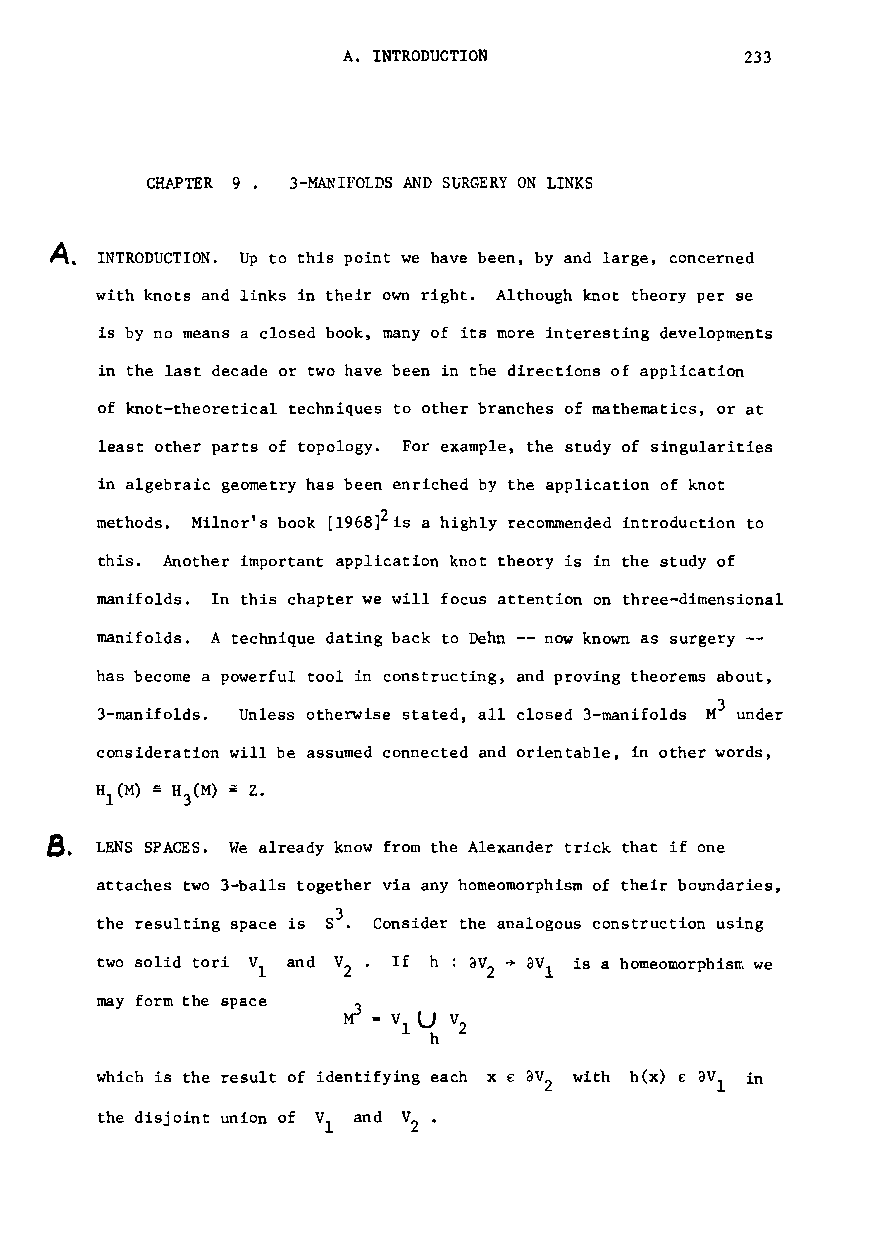
A. INTRODUCTION           233
 CHAPTER 9 • 3-YJANIFOLDS AND Su~GERY ON LINKS
 ~.
 INTRODUCTION. Up to this point we have been, by and large, concerned
 with knots and links in their own right. Although knot theory per se
 is by no means a closed book, many of its more interesting developments
 in the last decade or two have been in the directions of application
 of knot-theoretical techniques to other branches of mathematics, or at
 least other parts of topology. For example, the study of singularities
 in algebraic geometry has been enriched by the application of knot
 methods. Milnor's book [1968]2is a highly recommended introduction to
 this. Another important application knot theory is in the study of
 manifolds. In this chapter we will focus attention on three-dimensional
 manifolds. A technique dating back to Dehn -- now known as surgery --
 has become a powerful tool in constructing, and proving theorems about,
 3
 3-manifo1ds. Unless otherwise stated, all closed 3-manifolds M under
 consideration will be assumed connected and orientable, in other words,
 ~. LENS SPACES. We already know from the Alexander trick that if one
 attaches two 3-balls together via any homeomorphism of their boundaries,
 the resulting space is 53. Consider the analogous construction using
 two solid tori VI and V 2 · If h : aV 2 + aV l is a homeomorphis~ we
 may form the space
 which is the result of identifying each x € aV 2 with hex) £ aV 1 in
 the disjoint union of VI and V •
 2